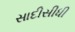
સાદીસીધી